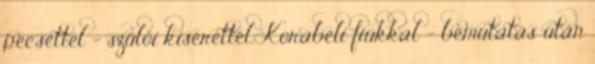
pecséttel – szülői kísérettel. Korabeli fiúkkal – bemutatás után